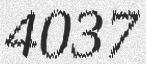
4037